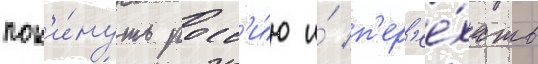
пок'и́нуть росс'и́ю и́ п'ер'ее́хать